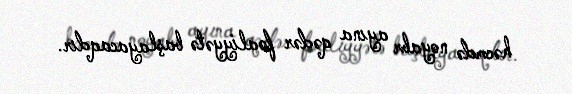
həcmdə noyabr ayına qədər fəaliyyətə başlayacaqdır.